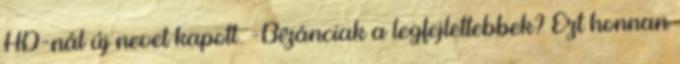
HD-nál új nevet kapott. -Bizánciak a legfejlettebbek? Ezt honnan